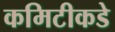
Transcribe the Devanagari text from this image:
कमिटीकडे